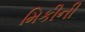
મિકીની